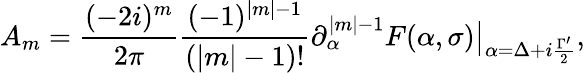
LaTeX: A_{m}=\frac{(-2i)^{m}}{2\pi}\frac{(-1)^{|m|-1}}{(|m|-1)!}\partial_{\alpha}^{|m|-1}F(\alpha,\sigma)\big|_{\alpha=\Delta+i\frac{\Gamma^{\prime}}{2}},